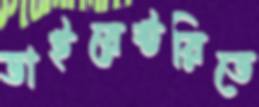
ডাইরেক্টরিতে